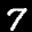
Label: 7